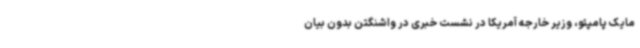
مایک پامپئو، وزیر خارجه آمریکا در نشست خبری در واشنگتن بدون بیان